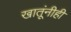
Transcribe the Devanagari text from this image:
खातूंनीही